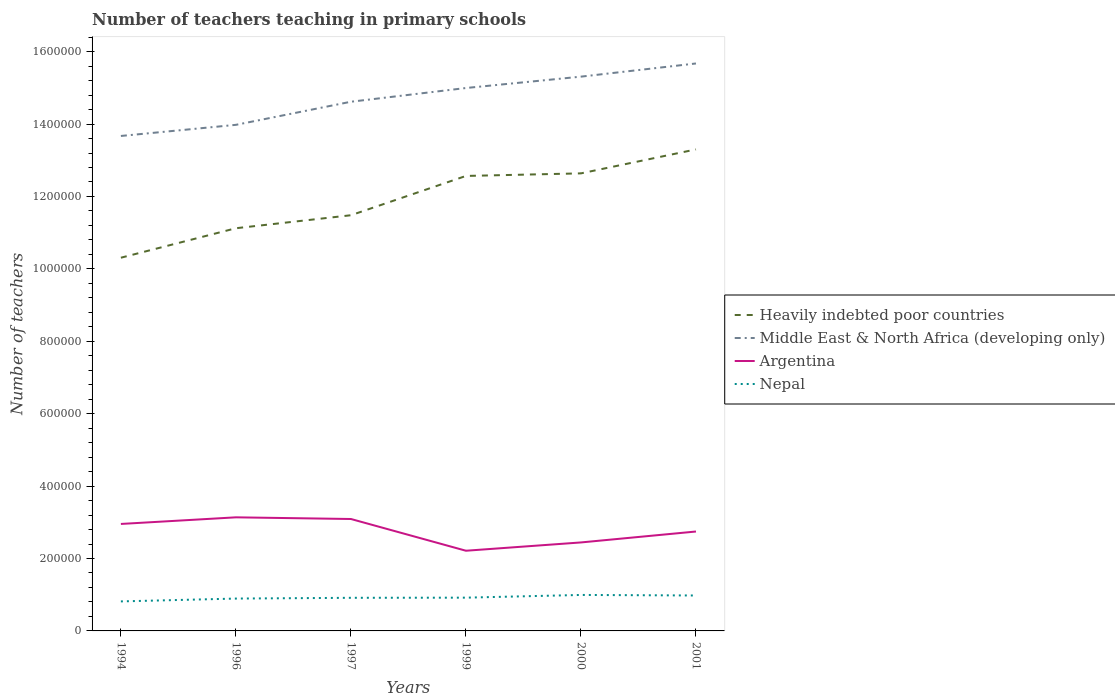
| Years | Heavily indebted poor countries | Middle East & North Africa (developing only) | Argentina | Nepal |
 | --- | --- | --- | --- | --- |
 | 1994 | 1.03e+06 | 1.37e+06 | 2.95e+05 | 8.15e+04 |
 | 1996 | 1.11e+06 | 1.4e+06 | 3.14e+05 | 8.94e+04 |
 | 1997 | 1.15e+06 | 1.46e+06 | 3.09e+05 | 9.15e+04 |
 | 1999 | 1.26e+06 | 1.5e+06 | 2.21e+05 | 9.19e+04 |
 | 2000 | 1.26e+06 | 1.53e+06 | 2.44e+05 | 9.94e+04 |
 | 2001 | 1.33e+06 | 1.57e+06 | 2.75e+05 | 9.79e+04 |